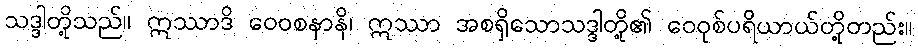
သဒ္ဒါတို့သည်။ ဣဿာဒိ ဝေဝစနာနိ၊ ဣဿာ အစရှိသောသဒ္ဒါတို့၏ ဝေဝုစ်ပရိယာယ်တို့တည်း။